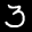
Label: 3